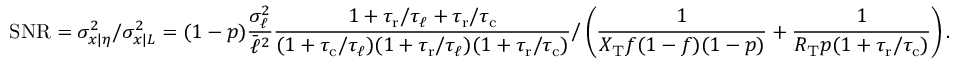
\mathrm { S N R } = \sigma _ { x | \eta } ^ { 2 } / \sigma _ { x | L } ^ { 2 } = ( 1 - p ) \frac { \sigma _ { \ell } ^ { 2 } } { \bar { \ell } ^ { 2 } } \frac { 1 + { \tau _ { \mathrm { r } } } / \tau _ { \ell } + { \tau _ { \mathrm { r } } } / { \tau _ { \mathrm { c } } } } { ( 1 + { \tau _ { \mathrm { c } } } / \tau _ { \ell } ) ( 1 + { \tau _ { \mathrm { r } } } / \tau _ { \ell } ) ( 1 + { \tau _ { \mathrm { r } } } / { \tau _ { \mathrm { c } } } ) } \bigg / \left( \frac { 1 } { X _ { \mathrm { T } } f ( 1 - f ) ( 1 - p ) } + \frac { 1 } { R _ { \mathrm { T } } p ( 1 + { \tau _ { \mathrm { r } } } / { \tau _ { \mathrm { c } } } ) } \right) .